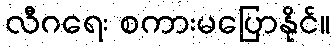
လီဂရေး စကားမပြောနိုင်။